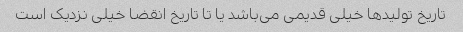
تاریخ تولیدها خیلی قدیمی می‌باشد یا تا تاریخ انقضا خیلی نزدیک است